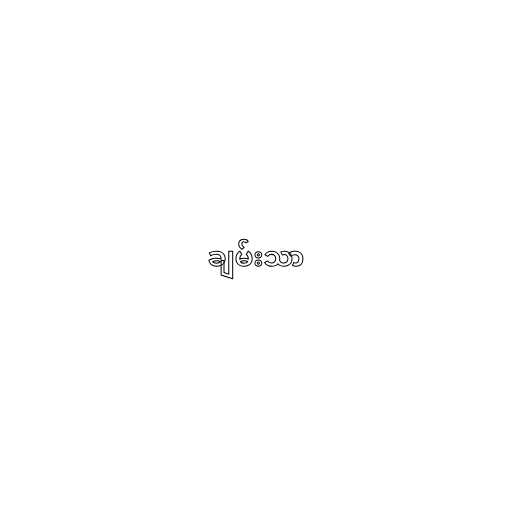
ချမ်းသာ